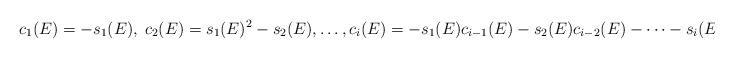
LaTeX: \begin{align*}c_1(E) = - s_1(E), \; c_2(E) = s_1(E)^2 - s_2(E), \ldots, c_i(E) = - s_1(E) c_{i-1}(E) - s_2(E) c_{i-2}(E) - \cdots - s_i(E),\; \forall \; i \geqslant 3.\end{align*}